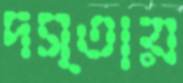
দস্তায়